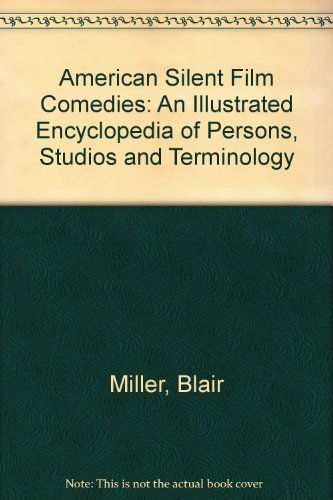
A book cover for American Silent Film Comedies: An Illustrated Encyclopedia of Persons, Studios and Terminology; Blair Miller; Humor & Entertainment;